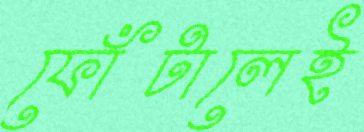
ফোঁটালেই